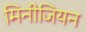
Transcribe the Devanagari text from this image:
मिनीजियन